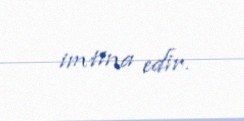
imtina edir.